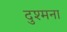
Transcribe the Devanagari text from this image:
दुश्मना